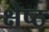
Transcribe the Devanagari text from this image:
क्षेष्ठ